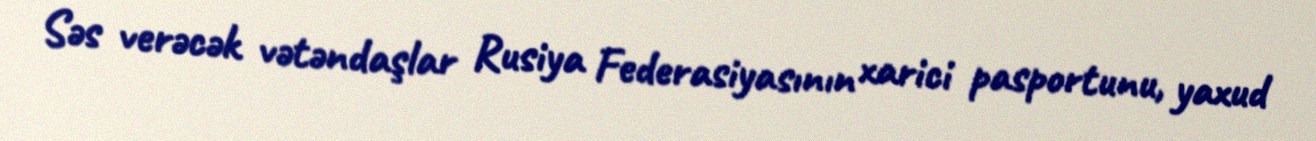
Səs verəcək vətəndaşlar Rusiya Federasiyasının xarici pasportunu, yaxud